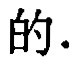
的.